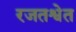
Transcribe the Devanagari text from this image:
रजतश्वेत